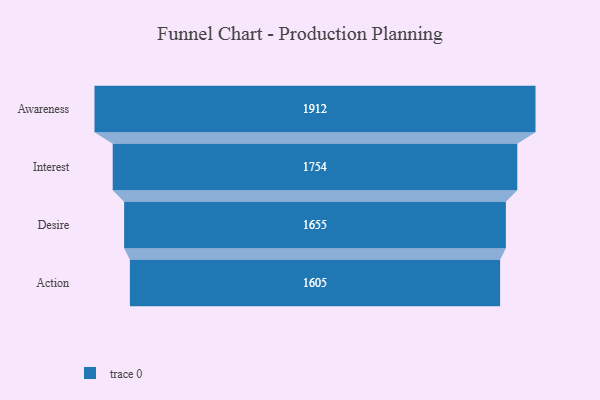
{"axis": {"x": "Stage", "y": "Value"}, "legend": [""], "data": [{"x": "Awareness", "y": 1912.0, "type": ""}, {"x": "Interest", "y": 1754.0, "type": ""}, {"x": "Desire", "y": 1655.0, "type": ""}, {"x": "Action", "y": 1605.0, "type": ""}]}